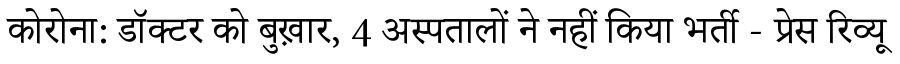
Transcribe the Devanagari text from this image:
कोरोना: डॉक्टर को बुख़ार, 4 अस्पतालों ने नहीं किया भर्ती - प्रेस रिव्यू